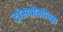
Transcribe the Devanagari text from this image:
ट्रांसपोसोन्स